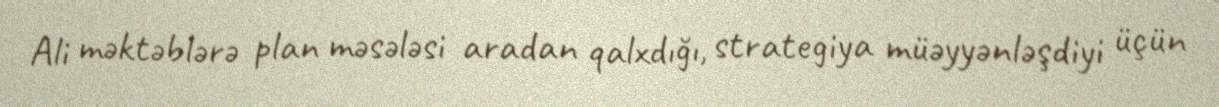
Ali məktəblərə plan məsələsi aradan qalxdığı, strategiya müəyyənləşdiyi üçün